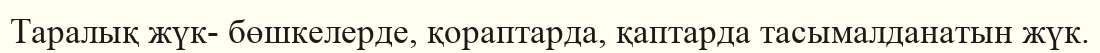
Таралық жүк- бөшкелерде, қораптарда, қаптарда тасымалданатын жүк.